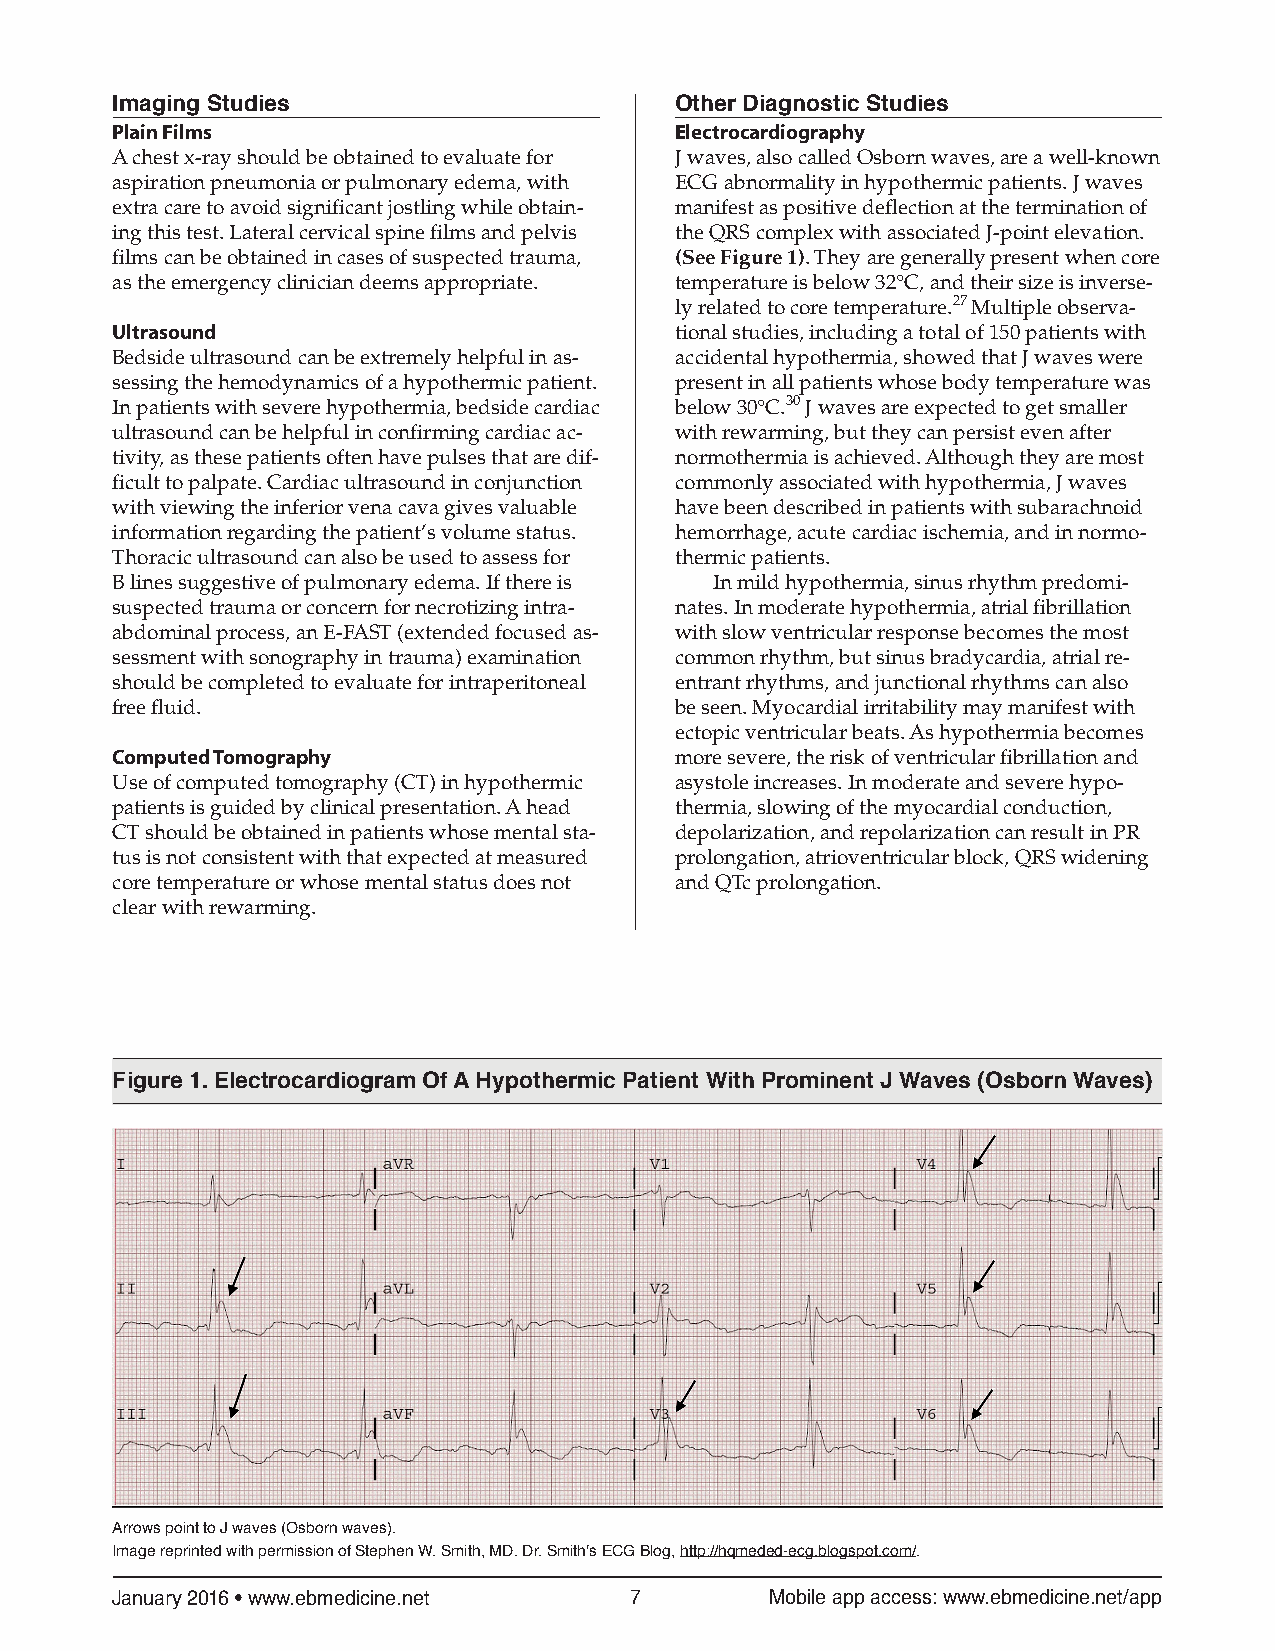
Imaging Studies                       Other Diagnostic Studies
 Plain Films                           Electrocardiography
 A chest x-ray should be obtained to evaluate for J waves, also called Osborn waves, are a well-known
 aspiration pneumonia or pulmonary edema, with ECG abnormality in hypothermic patients. J waves
 extra care to avoid significant jostling while obtain- manifest as positive deflection at the termination of
 ing this test. Lateral cervical spine films and pelvis the QRS complex with associated J-point elevation.
 films can be obtained in cases of suspected trauma, (See Figure 1). They are generally present when core
 as the emergency clinician deems appropriate. temperature is below 32°C, and their size is inverse-
 ly related to core temperature.27 Multiple observa-
 Ultrasound                            tional studies, including a total of 150 patients with
 Bedside ultrasound can be extremely helpful in as- accidental hypothermia, showed that J waves were
 sessing the hemodynamics of a hypothermic patient. present in all patients whose body temperature was
 In patients with severe hypothermia, bedside cardiac below 30°C.30 J waves are expected to get smaller
 ultrasound can be helpful in confirming cardiac ac- with rewarming, but they can persist even after
 tivity, as these patients often have pulses that are dif- normothermia is achieved. Although they are most
 ficult to palpate. Cardiac ultrasound in conjunction commonly associated with hypothermia, J waves
 with viewing the inferior vena cava gives valuable have been described in patients with subarachnoid
 information regarding the patient’s volume status. hemorrhage, acute cardiac ischemia, and in normo-
 Thoracic ultrasound can also be used to assess for thermic patients.
 B lines suggestive of pulmonary edema. If there is In mild hypothermia, sinus rhythm predomi-
 suspected trauma or concern for necrotizing intra- nates. In moderate hypothermia, atrial fibrillation
 abdominal process, an E-FAST (extended focused as- with slow ventricular response becomes the most
 sessment with sonography in trauma) examination common rhythm, but sinus bradycardia, atrial re-
 should be completed to evaluate for intraperitoneal entrant rhythms, and junctional rhythms can also
 free fluid.                           be seen. Myocardial irritability may manifest with
 ectopic ventricular beats. As hypothermia becomes
 Computed Tomography                   more severe, the risk of ventricular fibrillation and
 Use of computed tomography (CT) in hypothermic asystole increases. In moderate and severe hypo-
 patients is guided by clinical presentation. A head thermia, slowing of the myocardial conduction,
 CT should be obtained in patients whose mental sta- depolarization, and repolarization can result in PR
 tus is not consistent with that expected at measured prolongation, atrioventricular block, QRS widening
 core temperature or whose mental status does not and QTc prolongation.
 clear with rewarming.
 Figure 1. Electrocardiogram Of A Hypothermic Patient With Prominent J Waves (Osborn Waves)
 Arrows point to J waves (Osborn waves).
 Image reprinted with permission of Stephen W. Smith, MD. Dr. Smith's ECG Blog, http://hqmeded-ecg.blogspot.com/.
 January 2016 • www.ebmedicine.net  7        Mobile app access: www.ebmedicine.net/app